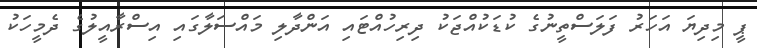
ޕީ މިދިޔަ އަހަރު ފަލަސްތީނުގެ ކުޑަކުއްޖަކު ދިރިހުއްޓައި އަންދާލި މައްސަލާގައި އިސްރާއީލުގެ ދެމީހަކު